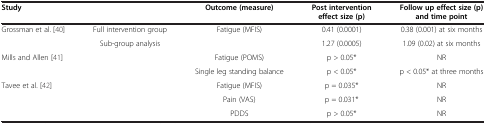
<table><thead><tr><td colspan="2"><b>Study</b></td><td><b>Outcome (measure)</b></td><td><b>Post intervention effect size (p)</b></td><td><b>Follow up effect size (p) and time point</b></td></tr></thead><tbody><tr><td rowspan="2">Grossman et al. [40]</td><td>Full intervention group</td><td rowspan="2">Fatigue (MFIS)</td><td>0.41 (0.0001)</td><td>0.38 (0.001) at six months</td></tr><tr><td>Sub-group analysis</td><td>1.27 (0.0005)</td><td>1.09 (0.02) at six months</td></tr><tr><td rowspan="2" colspan="2">Mills and Allen [41]</td><td>Fatigue (POMS)</td><td>p &gt; 0.05*</td><td>NR</td></tr><tr><td>Single leg standing balance</td><td>p &lt; 0.05*</td><td>p &lt; 0.05* at three months</td></tr><tr><td rowspan="3" colspan="2">Tavee et al. [42]</td><td>Fatigue (MFIS)</td><td>p = 0.035*</td><td>NR</td></tr><tr><td>Pain (VAS)</td><td>p = 0.031*</td><td>NR</td></tr><tr><td>PDDS</td><td>p &gt; 0.05*</td><td>NR</td></tr></tbody></table>